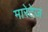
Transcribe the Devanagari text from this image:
मारेटेज